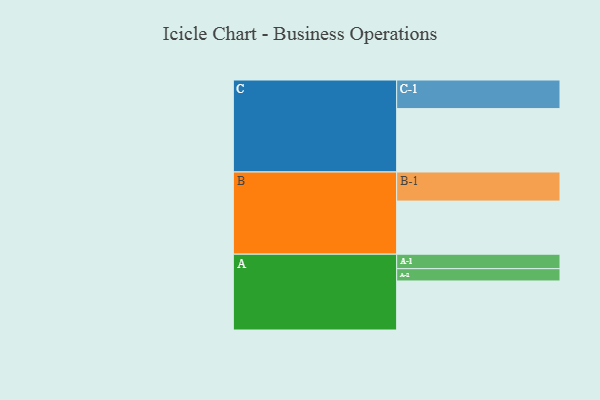
{"axis": {"x": "Segment", "y": "Value"}, "legend": ["", "A", "B", "C"], "data": [{"x": "A", "y": 430, "type": ""}, {"x": "B", "y": 466, "type": ""}, {"x": "C", "y": 556, "type": ""}, {"x": "A-1", "y": 127, "type": "A"}, {"x": "A-2", "y": 108, "type": "A"}, {"x": "B-1", "y": 255, "type": "B"}, {"x": "C-1", "y": 251, "type": "C"}]}